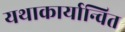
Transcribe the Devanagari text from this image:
यथाकार्यान्वित